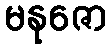
မနုဇော